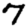
Digit: 7